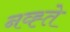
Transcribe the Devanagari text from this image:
नव्ह्ते